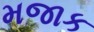
મજાક